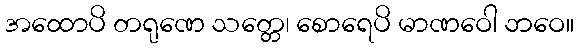
အထောပိ တရုဏေ သတ္တေ၊ စောရေပိ မာဏဝေါ ဘဝေ။